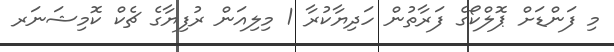
މި ފަންޑަށް ޕޮލްކޯގެ ފަރާތުން ހަދިޔާކުރާ 1 މިލިއަން ރުފިޔާގެ ޗެކް ކޮމިޝަނަރ